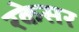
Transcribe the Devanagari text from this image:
रकेसर